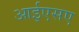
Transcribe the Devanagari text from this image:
आईएसए